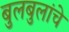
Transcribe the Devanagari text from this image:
बुलबुलांचे